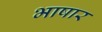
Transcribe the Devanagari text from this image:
भाषार